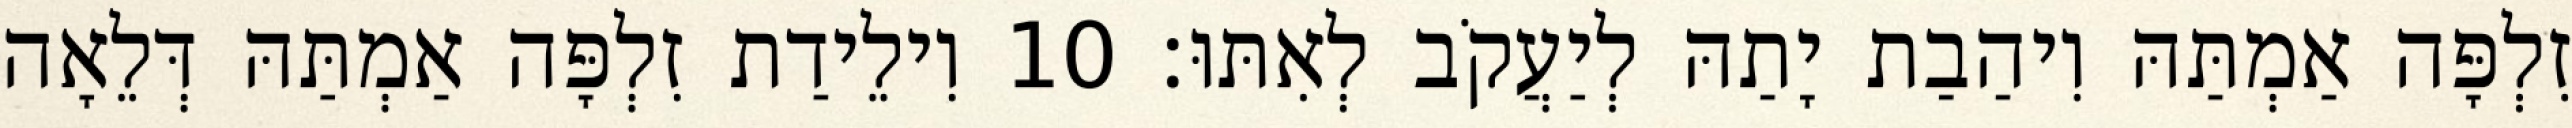
זִלְפָּה אַמְתַּהּ וִיהַבַת יָתַהּ לְיַעֲקֹב לְאִתּוּ׃ 10 וִילֵידַת זִלְפָּה אַמְתַּהּ דְּלֵאָה